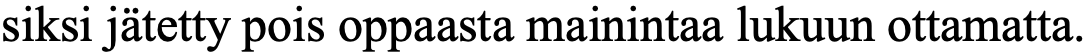
siksi jätetty pois oppaasta mainintaa lukuun ottamatta.